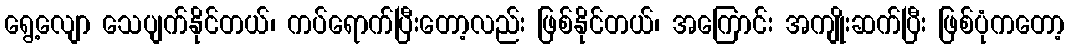
ရွေ့လျော သေပျက်နိုင်တယ်၊ ကပ်ရောက်ပြီးတော့လည်း ဖြစ်နိုင်တယ်၊ အကြောင်း အကျိုးဆက်ပြီး ဖြစ်ပုံကတော့